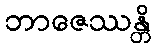
ဘာဇေဿန္တိ